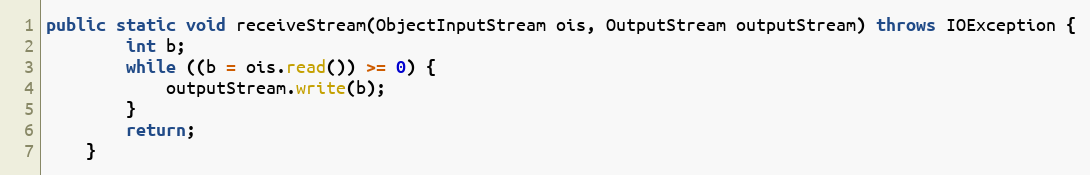
Language: Java
public static void receiveStream(ObjectInputStream ois, OutputStream outputStream) throws IOException {
		int b;
		while ((b = ois.read()) >= 0) {
			outputStream.write(b);
		}
		return;
	}